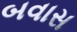
બવાસ